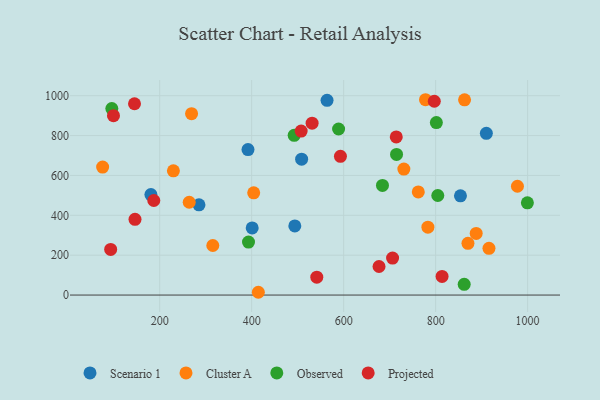
{"axis": {"x": "Engine Size", "y": "Fuel Efficiency"}, "legend": ["Cluster A", "Observed", "Projected", "Scenario 1"], "data": [{"x": "401.1", "y": 336.5, "type": "Scenario 1"}, {"x": "910.3", "y": 811.5, "type": "Scenario 1"}, {"x": "508.6", "y": 681.8, "type": "Scenario 1"}, {"x": "180.9", "y": 504.1, "type": "Scenario 1"}, {"x": "493.8", "y": 347.0, "type": "Scenario 1"}, {"x": "392.0", "y": 729.6, "type": "Scenario 1"}, {"x": "285.4", "y": 452.4, "type": "Scenario 1"}, {"x": "563.9", "y": 977.1, "type": "Scenario 1"}, {"x": "854.0", "y": 497.9, "type": "Scenario 1"}, {"x": "862.9", "y": 979.3, "type": "Cluster A"}, {"x": "888.2", "y": 309.1, "type": "Cluster A"}, {"x": "977.9", "y": 545.8, "type": "Cluster A"}, {"x": "783.2", "y": 340.5, "type": "Cluster A"}, {"x": "264.2", "y": 465.5, "type": "Cluster A"}, {"x": "75.9", "y": 642.2, "type": "Cluster A"}, {"x": "414.5", "y": 13.9, "type": "Cluster A"}, {"x": "916.0", "y": 234.6, "type": "Cluster A"}, {"x": "269.3", "y": 910.1, "type": "Cluster A"}, {"x": "404.4", "y": 512.6, "type": "Cluster A"}, {"x": "315.5", "y": 248.5, "type": "Cluster A"}, {"x": "762.3", "y": 517.5, "type": "Cluster A"}, {"x": "778.0", "y": 979.9, "type": "Cluster A"}, {"x": "870.3", "y": 259.4, "type": "Cluster A"}, {"x": "229.8", "y": 623.2, "type": "Cluster A"}, {"x": "730.9", "y": 632.1, "type": "Cluster A"}, {"x": "862.1", "y": 54.0, "type": "Observed"}, {"x": "715.0", "y": 705.6, "type": "Observed"}, {"x": "589.0", "y": 833.1, "type": "Observed"}, {"x": "801.6", "y": 865.1, "type": "Observed"}, {"x": "684.4", "y": 550.1, "type": "Observed"}, {"x": "393.1", "y": 265.5, "type": "Observed"}, {"x": "95.9", "y": 935.7, "type": "Observed"}, {"x": "804.7", "y": 499.5, "type": "Observed"}, {"x": "999.5", "y": 462.9, "type": "Observed"}, {"x": "492.4", "y": 801.5, "type": "Observed"}, {"x": "531.4", "y": 862.1, "type": "Projected"}, {"x": "814.0", "y": 93.4, "type": "Projected"}, {"x": "797.1", "y": 972.3, "type": "Projected"}, {"x": "187.2", "y": 474.4, "type": "Projected"}, {"x": "706.4", "y": 185.6, "type": "Projected"}, {"x": "541.6", "y": 89.7, "type": "Projected"}, {"x": "593.0", "y": 695.9, "type": "Projected"}, {"x": "507.6", "y": 822.8, "type": "Projected"}, {"x": "676.9", "y": 143.2, "type": "Projected"}, {"x": "714.4", "y": 793.5, "type": "Projected"}, {"x": "99.5", "y": 899.8, "type": "Projected"}, {"x": "146.3", "y": 379.8, "type": "Projected"}, {"x": "93.4", "y": 229.1, "type": "Projected"}, {"x": "145.2", "y": 959.7, "type": "Projected"}]}